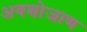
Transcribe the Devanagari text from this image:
अवशोजाण